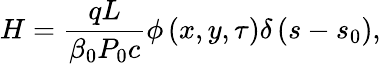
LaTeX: H=\frac{qL}{\beta_{0}P_{0}c}\phi\left(x,y,\tau\right)\delta\left(s-s_{0}\right),